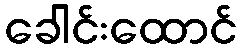
ခေါင်းထောင်